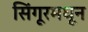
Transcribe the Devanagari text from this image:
सिंगूरमधून